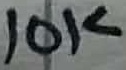
Text: 10K